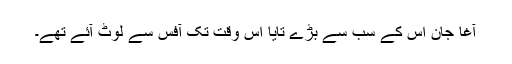
آغا جان اس کے سب سے بڑے تایا اس وقت تک آفس سے لوٹ آئے تھے۔